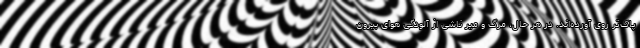
پاک‌تر روی آورده‌اند. در هر حال، مرگ و میر ناشی از آلودگی هوای بیرون